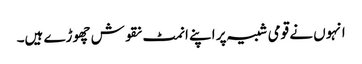
انہوں نے قومی شبیہ پر اپنے انمٹ نقوش چھوڑے ہیں۔